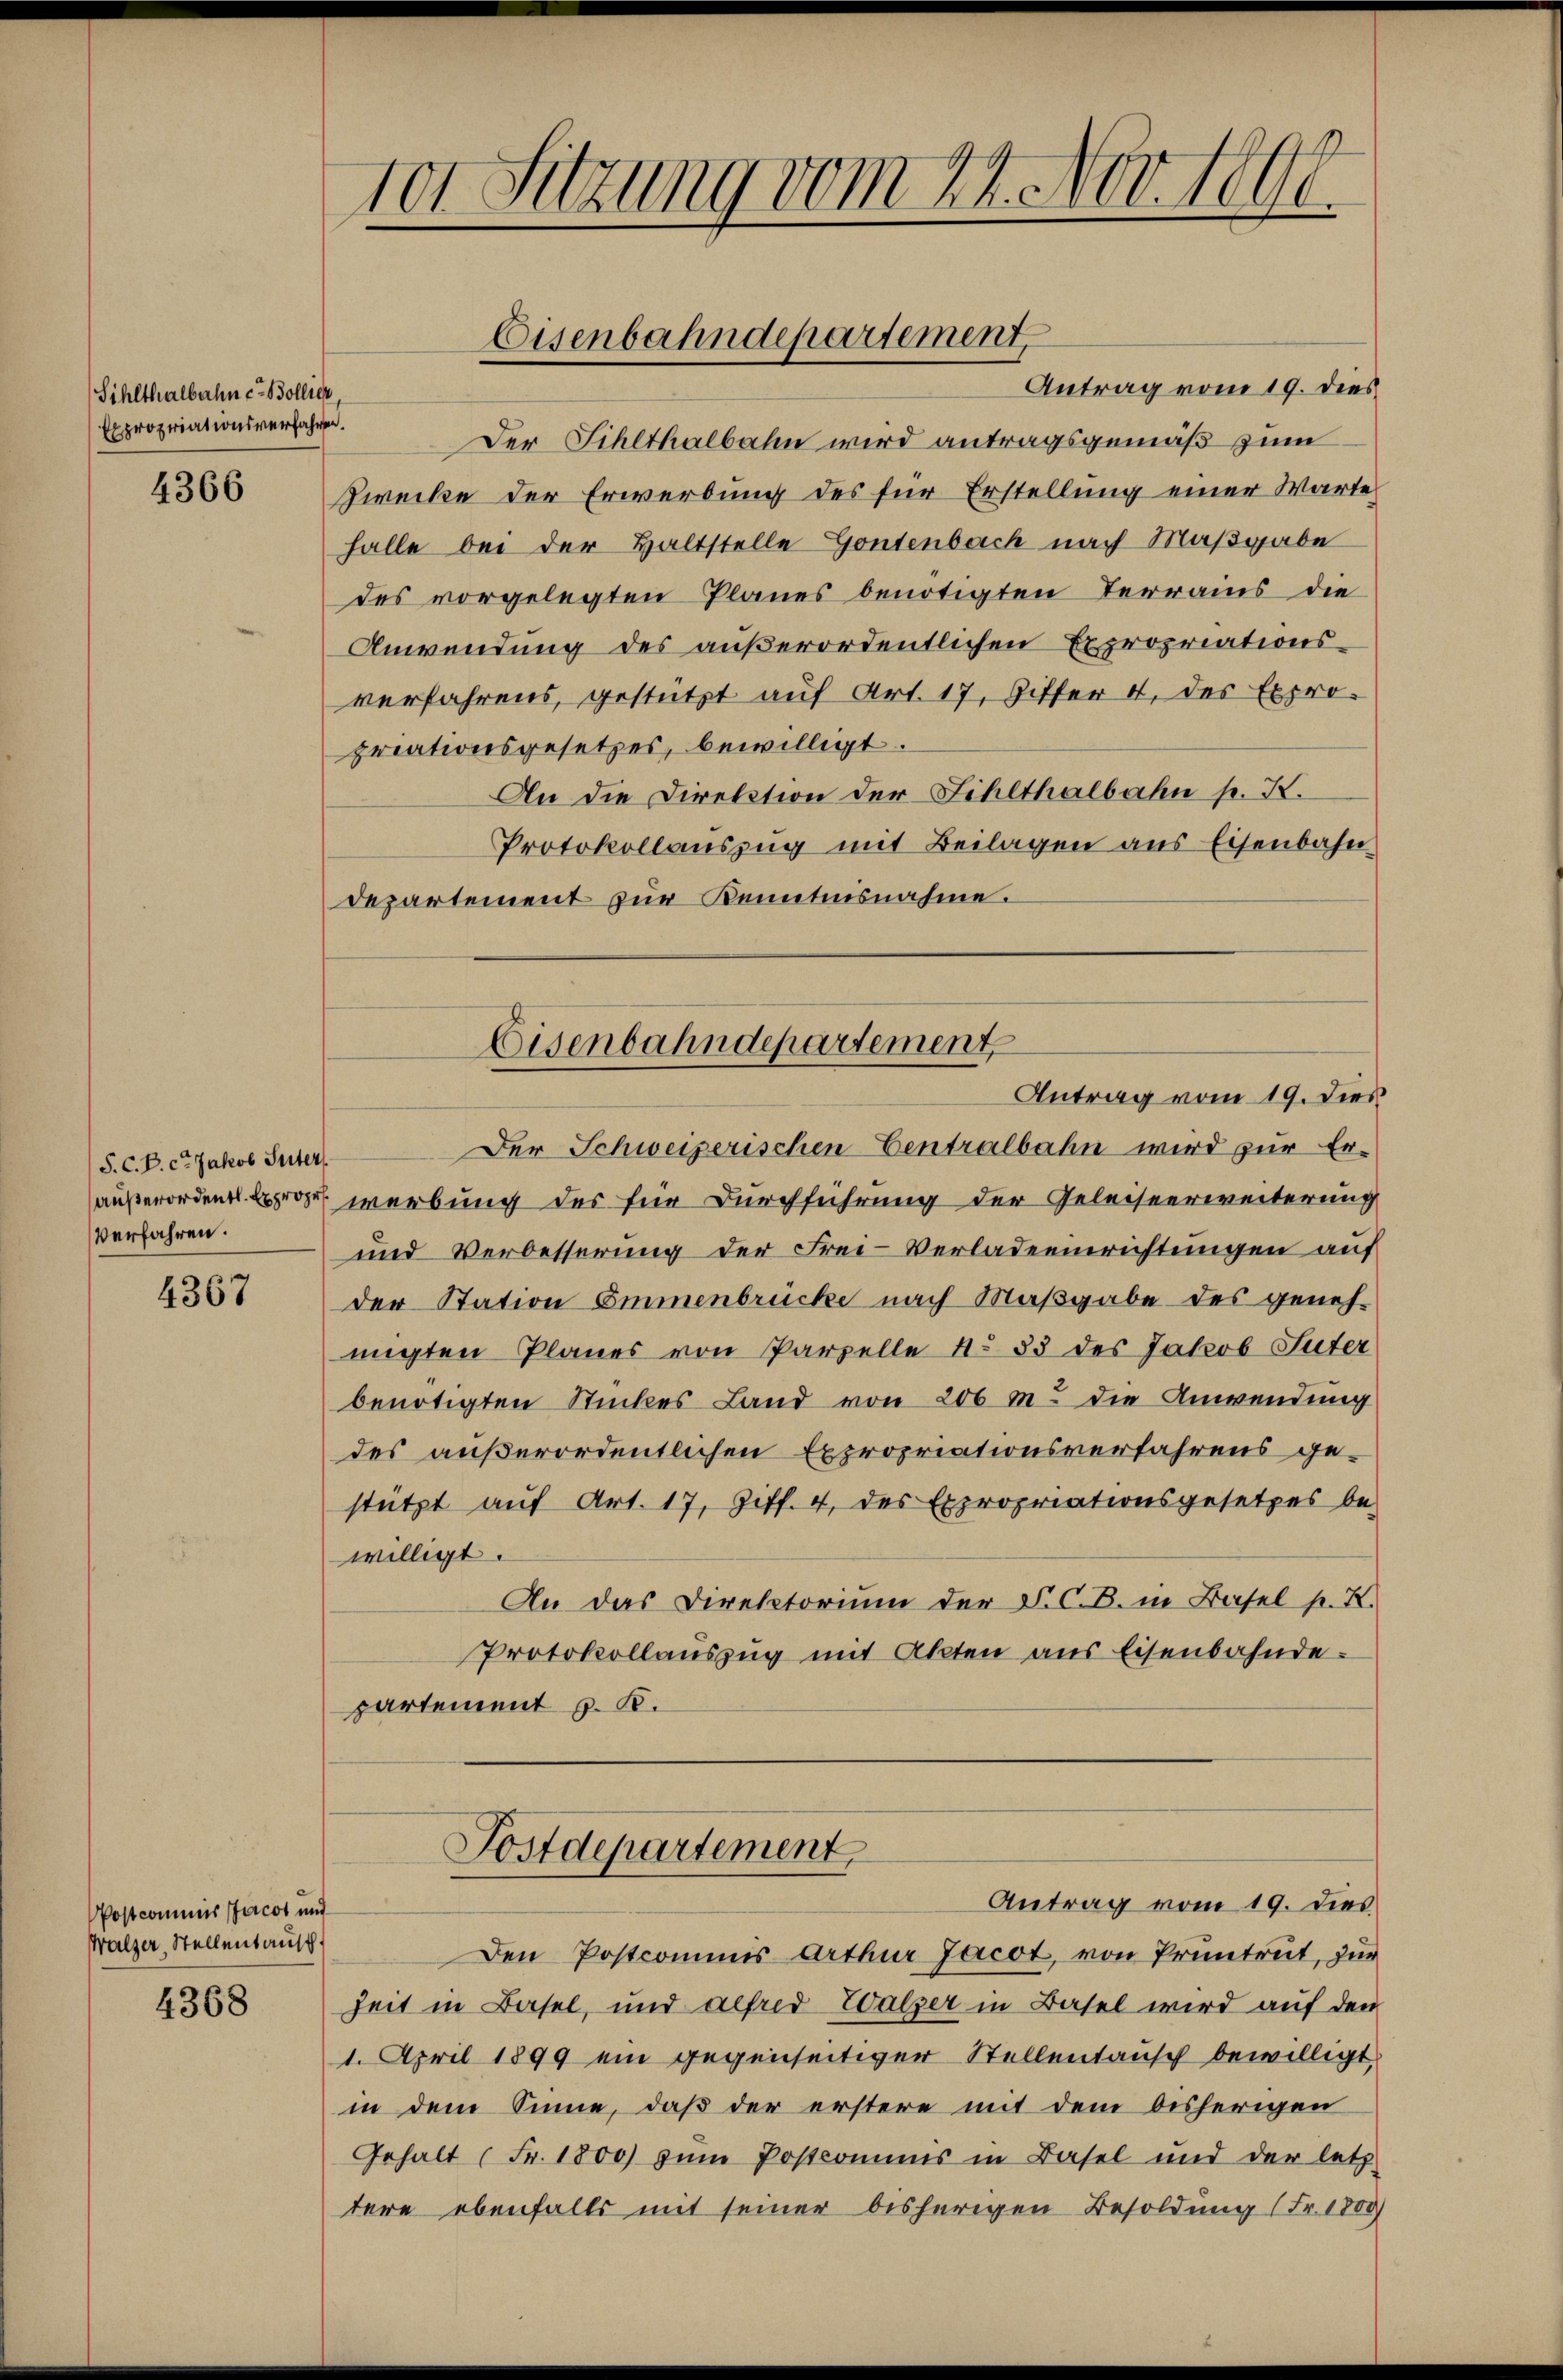
Sihlthalbahnen Bollier,
Expropriationsverfahren.

4366

S. C. B. ct Jakob Suter
Verfahren.

4367

Postcommis Jacot und
Walzer, Stellentausch.

4368

Antrag vom 19. dies
Der Fihlthalbahn wird antragsgemäß zum
Zwecke der Erwerbung des für Erstellung einer Warte
halle bei der Haltstelle Gontenbach nach Maßgabe
des vorgelegten Planes benötigten Terrains die
Anwendung des außerordentlichen Expropriationsverfahrens, gestützt auf Art. 17, Gitter 4. des Expro-
priationsgesetzes, bewilligt.
An die Direktion der Fihlthalbahn p. K.
Protokollauszug mit Beilagen aus Eisenbahn
Departement zur Kenntnisnahme.

101 Sitzung vom 24. Nov. 1890.

Eisenbahndepartement

Der Schweizerischen Centralbahn wird zur Er-
außerorden Exprope werbung des für Durchführung der Geleiseerweiterung
und Verbesserung der Frei- Verladeeinrichtungen auf
der Station Emmenbrücke nach Maßgabe des geneh-
migten Planes von Parzelle No 53 des Jakob Suter
benötigten Stückes Land von 200 m die Anwendung
des außerordentlichen Expropriationsverfahrens gestützt auf Art. 17, Ziff. 4, des Expropriationsgesetzes be-
willigt.
An das Direktorium der P. C. B. in Basel p. K.
Protokollauszug mit Akten aus Eisenbahnde
partement v. K.

Eisenbahndepartement
Antrag vom 19. dies

Postdepartement
Antrag vom 19. dies

Den Postcommis Arthur Jacot, von Pruntrut, zur
Zeit in Basel, und alfred Walzer in Basel wird auf den
1. April 1899 ein gegenseitiger Stellentausch bewilligt,
in dem Sinne, daß der erstere mit dem bisherigen
Gehalt (Fr. 1800 zŭm Postcomuns in Basel und der letz-
tere ebenfalls mit seiner bisherigen Besoldung (Fr. 1800